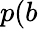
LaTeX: p(b